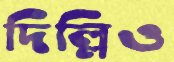
দিল্লিও